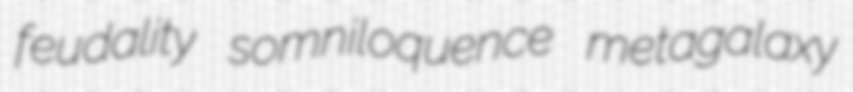
feudality somniloquence metagalaxy